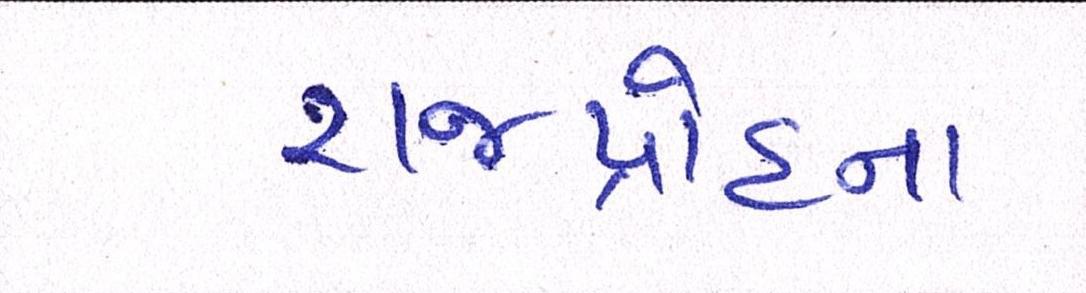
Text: રાજદ્રોહના